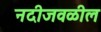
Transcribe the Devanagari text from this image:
नदीजवळील